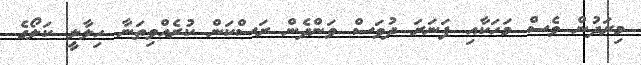
މިރަދުން ވެސް މަހަކާއި ފަނަރަ ދުވަސް ވަންދެން ރަސްކަން ކުރެއްވިތަނާ ހިލާލީ ކަލޯގެ